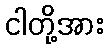
ငါတို့အား